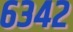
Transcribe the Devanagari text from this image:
६३४२